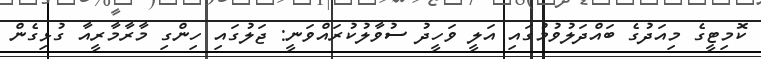
ކޮމިޓީގެ މިއަދުގެ ބައްދަލުވުމުގައި އަލީ ވަހީދު ސުވާލުކުރައްވަނީ: ޖަލުގައި ހިންގި މާރާމާރީއާ ގުޅިގެން